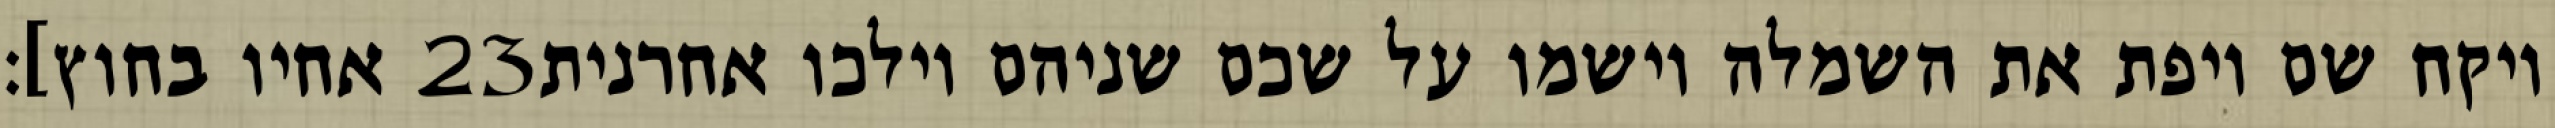
אחיו בחוץ]׃ ‎23‏ ויקח שם ויפת את השמלה וישמו על שכם שניהם וילכו אחרנית